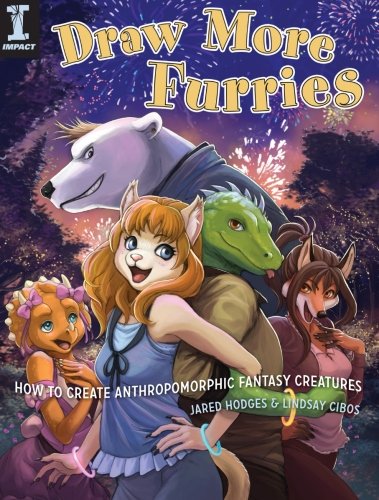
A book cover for Draw More Furries: How to Create Anthropomorphic Fantasy Creatures; Jared Hodges; Comics & Graphic Novels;